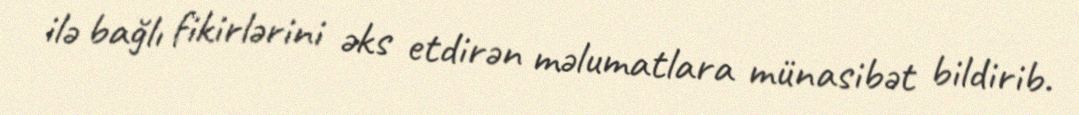
ilə bağlı fikirlərini əks etdirən məlumatlara münasibət bildirib.